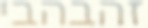
זהבהבי